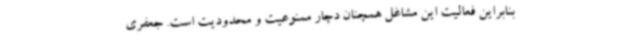
بنابراین فعالیت این مشاغل همچنان دچار ممنوعیت و محدودیت است. جعفری